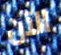
الآن